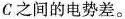
c之间的电势差。